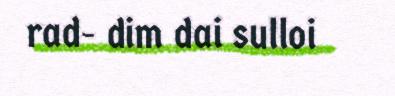
rad- dim dai sulloi